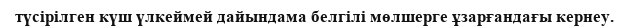
түсірілген күш үлкеймей дайындама белгілі мөлшерге ұзарғандағы кернеу.